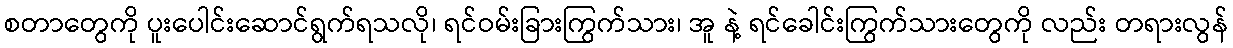
စတာတွေကို ပူးပေါင်းဆောင်ရွက်ရသလို၊ ရင်ဝမ်းခြားကြွက်သား၊ အူ နဲ့ ရင်ခေါင်းကြွက်သားတွေကို လည်း တရားလွန်